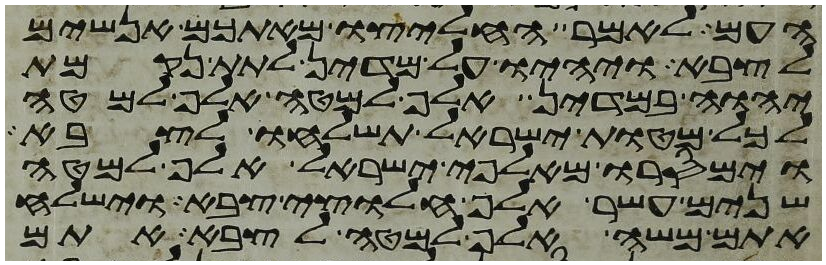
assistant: העם לאמר החליצו מאתכם אנשים
לצבא ויהיו על מדין לתת נקמת
יהוה במדין אלף למטה אלף למטה
לכל מטות ישראל תשלחו לצבא
וימסרו מאלפי ישראל אלף למטה
שנים עשר אלף חלוצי צבא וישלח
אתם משה אלף למטה לצבא אתם